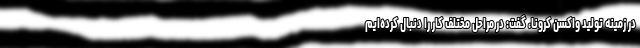
در زمینه تولید واکسن کرونا، گفت: در مراحل مختلف کار را دنبال کرده‌ایم